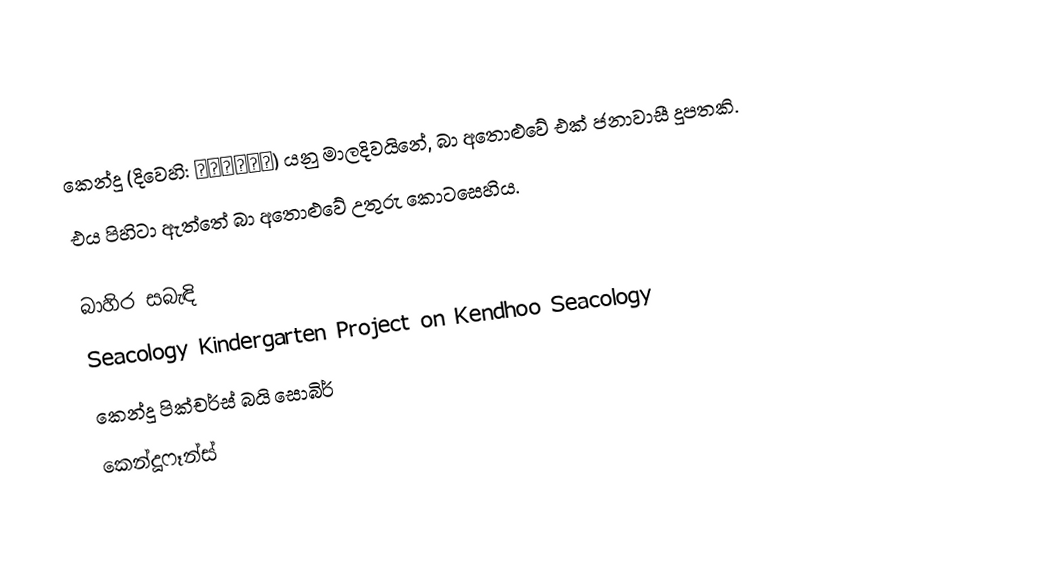
කෙන්දූ (දිවෙහි:  ކެންދޫ) යනු මාලදිවයිනේ, බා අතොළුවේ එක් ජනාවාසී දූපතකි.
එය පිහිටා ඇත්තේ බා අතොළුවේ උතුරු කොටසෙහිය.

බාහිර සබැඳි
Seacology Kindergarten Project on Kendhoo Seacology
කෙන්දූ පික්චර්ස් බයි සොබිර්
කෙන්දූෆෑන්ස්